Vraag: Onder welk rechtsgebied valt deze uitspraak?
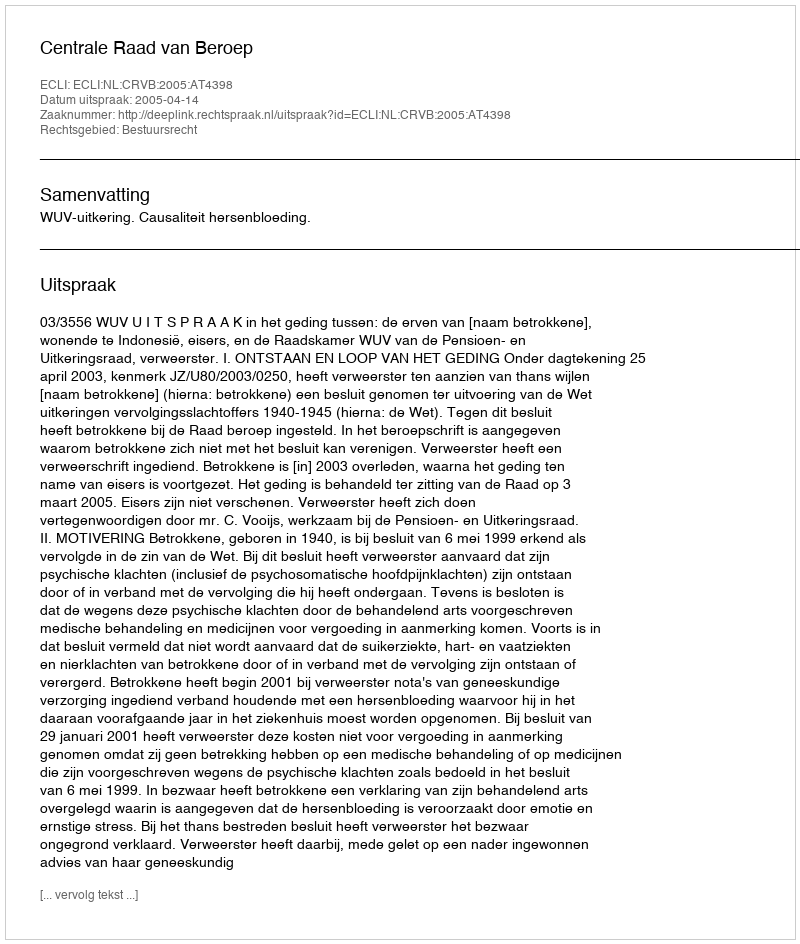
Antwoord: Bestuursrecht